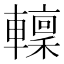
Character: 𨎹